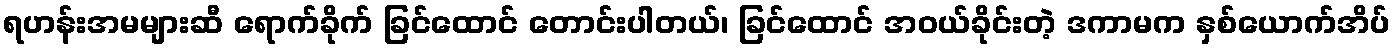
ရဟန်းအမများဆီ ရောက်ခိုက် ခြင်ထောင် တောင်းပါတယ်၊ ခြင်ထောင် အဝယ်ခိုင်းတဲ့ ဒကာမက နှစ်ယောက်အိပ်